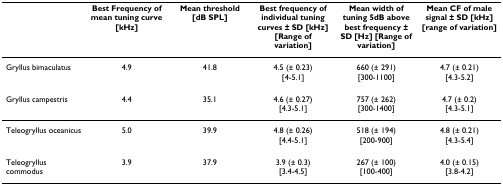
|  | Best Frequency of mean tuning curve [kHz] | Mean threshold [dB SPL] | Best frequency of individual tuning curves ± SD [kHz] [Range of variation] | Mean width of tuning 5dB above best frequency ± SD [Hz] [Range of variation] | Mean CF of male signal ± SD [kHz] [range of variation] |
 | --- | --- | --- | --- | --- | --- |
 | Gryllus bimaculatus | 4.9 | 41.8 | 4.5 (± 0.23)[4-5.1] | 660 (± 291)[300-1100] | 4.7 (± 0.21)[4.3-5.2] |
 | Gryllus campestris | 4.4 | 35.1 | 4.6 (± 0.27)[4.3-5.1] | 757 (± 262)[300-1400] | 4.7 (± 0.2)[4.3-5.1] |
 | Teleogryllus oceanicus | 5.0 | 39.9 | 4.8 (± 0.26)[4.4-5.1] | 518 (± 194)[200-900] | 4.8 (± 0.21)[4.3-5.4] |
 | Teleogryllus commodus | 3.9 | 37.9 | 3.9 (± 0.3)[3.4-4.5] | 267 (± 100)[100-400] | 4.0 (± 0.15)[3.8-4.2] |